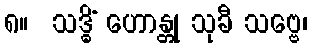
၈။  သဒ္ဓိံ ဟောန္တု သုခီ သဗ္ဗေ၊